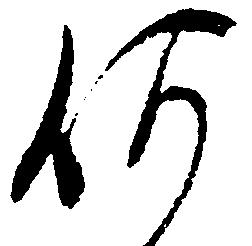
何